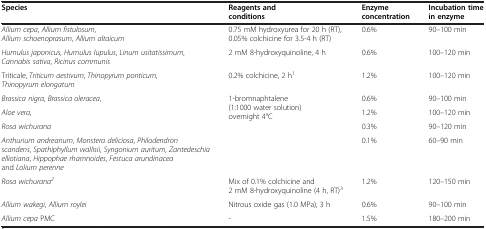
<table><thead><tr><td><b>Species</b></td><td><b>Reagents and conditions</b></td><td><b>Enzyme concentration</b></td><td><b>Incubation time in enzyme</b></td></tr></thead><tbody><tr><td><i>Allium cepa</i>, <i>Allium fistulosum</i>, <i>Allium schoenoprasum</i>, <i>Allium altaicum</i></td><td>0.75 mM hydroxyurea for 20 h (RT), 0.05% colchicine for 3.5-4 h (RT)</td><td>0.6%</td><td>90–100 min</td></tr><tr><td><i>Humulus japonicus</i>, <i>Humulus lupulus</i>, <i>Linum usitatissimum</i>, <i>Cannabis sativa</i>, <i>Ricinus communis</i></td><td>2 mM 8-hydroxyquinoline, 4 h</td><td>0.6%</td><td>100–120 min</td></tr><tr><td>Triticale, <i>Triticum aestivum</i>, <i>Thinopyrum ponticum</i>, <i>Thinopyrum elongatum</i></td><td>0.2% colchicine, 2 h<sup>1</sup></td><td>1.2%</td><td>100–120 min</td></tr><tr><td><i>Brassica nigra</i>, <i>Brassica oleracea</i>,</td><td rowspan="4">1-bromnaphtalene (1:1000 water solution) overnight 4°C</td><td>0.6%</td><td>90–100 min</td></tr><tr><td><i>Aloe vera</i>,</td><td>1.2%</td><td>100–120 min</td></tr><tr><td><i>Rosa wichurana</i></td><td>0.3%</td><td>90–120 min</td></tr><tr><td><i>Anthurium andreanum</i>, <i>Monstera deliciosa</i>, <i>Philodendron scandens</i>, <i>Spathiphyllum wallisii</i>, <i>Syngonium auritum</i>, <i>Zantedeschia elliotiana</i>, <i>Hippophae rhamnoides</i>, <i>Festuca arundinacea</i> and <i>Lolium perenne</i></td><td>0.1%</td><td>60–90 min</td></tr><tr><td><i>Rosa wichurana</i><sup><i>2</i></sup></td><td>Mix of 0.1% colchicine and 2 mM 8-hydroxyquinoline (4 h, RT)<sup>3</sup></td><td>1.2%</td><td>120–150 min</td></tr><tr><td><i>Allium wakegi</i>, <i>Allium roylei</i></td><td>Nitrous oxide gas (1.0 MPa), 3 h</td><td>0.6%</td><td>90–100 min</td></tr><tr><td><i>Allium cepa</i> PMC</td><td>-</td><td>1.5%</td><td>180–200 min</td></tr></tbody></table>